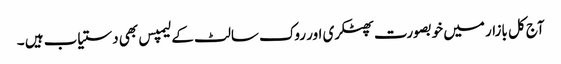
آج کل بازار میں خوبصورت پھٹکری اور روک سالٹ کے لیمپس بھی دستیاب ہیں ۔